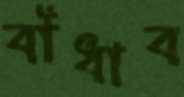
বাঁধাব